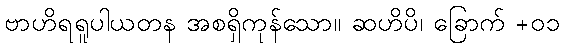
ဗာဟိရရူပါယတန အစရှိကုန်သော။ ဆဟိပိ၊ ခြောက် +၀၁